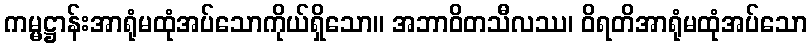
ကမ္မဋ္ဌာန်းအာရုံမထုံအပ်သောကိုယ်ရှိသော။ အဘာဝိတသီလဿ၊ ဝိရတိအာရုံမထုံအပ်သော